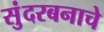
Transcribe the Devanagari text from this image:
सुंदरबनाचे